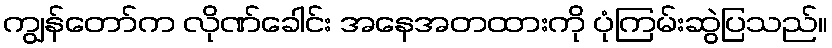
ကျွန်တော်က လိုဏ်ခေါင်း အနေအတထားကို ပုံကြမ်းဆွဲပြသည်။